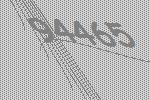
94465